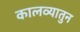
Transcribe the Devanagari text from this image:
कालव्यातुन